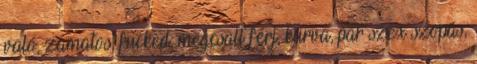
való, zamatos, fucked, megcsalt férj, kurva, pár szex szopás,